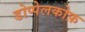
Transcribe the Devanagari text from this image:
डोप्पेलकोफ़